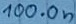
Text: 100.0n